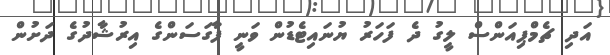
އަދި ޗެމްޕިއަންސް ލީގު ދެ ފަހަރު ޔުނައިޓެޑުން ވަނީ ފާގަސަންގެ އިރުޝާދުގެ ދަށުން